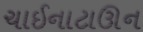
ચાઈનાટાઊન